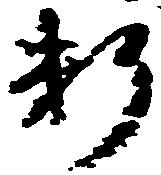
料